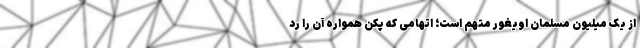
از یک میلیون مسلمان اویغور متهم است؛ اتهامی که پکن همواره آن را رد